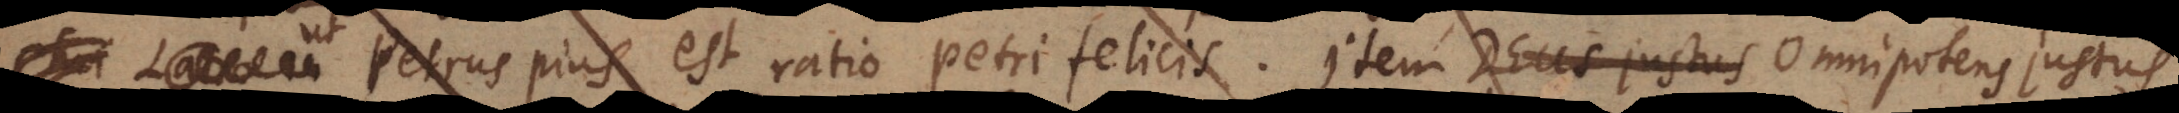
Petrus pius est ratio Petri felicis, justus Omnipotens mentis